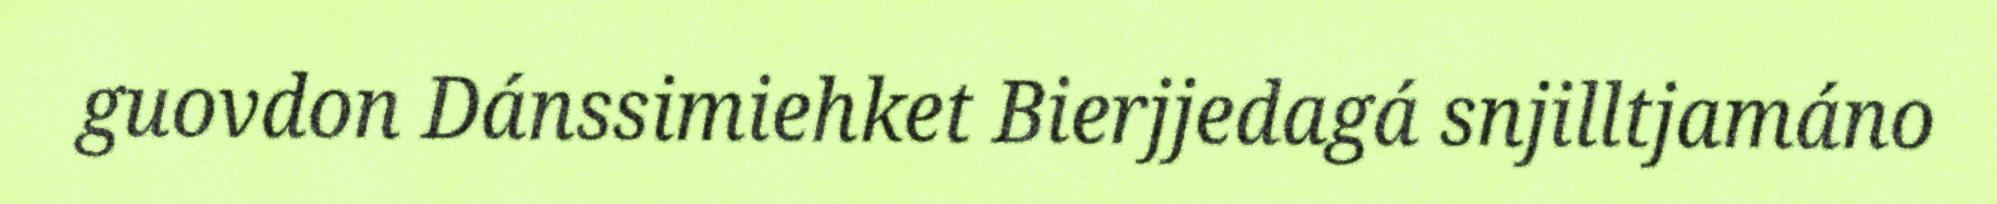
guovdon Dánssimiehket Bierjjedagá snjilltjamáno